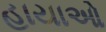
હાયાઓ